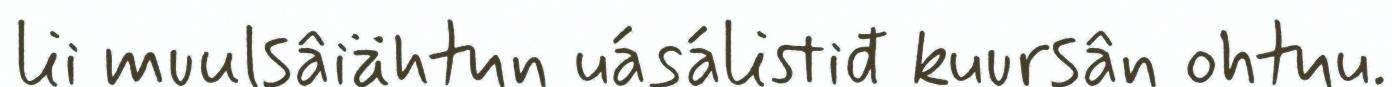
lii muulsâiähtun uásálistiđ kuursân ohtuu.